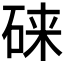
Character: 𱴄